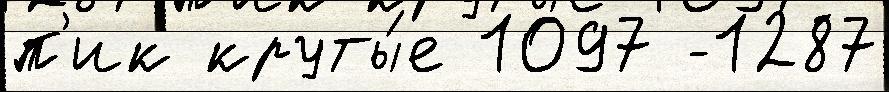
п'ик круты́е 1097 -1287